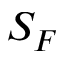
S _ { F }